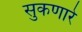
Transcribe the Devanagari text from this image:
सुकणारे